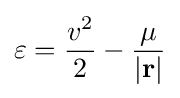
\varepsilon ={\frac {v^{2}}{2}}-{\frac {\mu }{|\mathbf {r} |}}